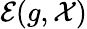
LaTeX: \mathcal{E}(g,\mathcal{X})